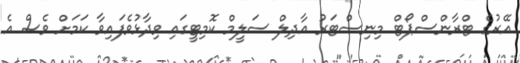
އޭރުގެ ޓްރާންސްޕޯޓް މިނިސްޓަރު އާދިލް ސަލީމް ކޮމިޓީގައި ވިދާޅުވެފައިވާ ކަމަށް ވެސް އެ